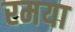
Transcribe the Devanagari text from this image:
रमया